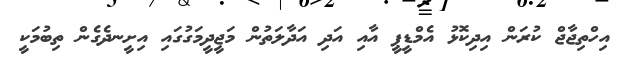
އިހްތިޖާޖް ކުރަން އިދިކޮޅު އެމްޑީޕީ އާއި އަދި އަދާލަތުން މަޖީދީމަގުގައި އިށީނދެގެން ތިބުމަކީ